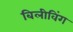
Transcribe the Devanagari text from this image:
बिलीविंग